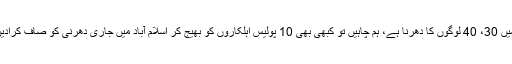
وفاقی وزیر کا کہنا تھا کہ ریاست کی طاقت ہمیشہ موثر ہوتی ہے، ڈی چوک میں 30، 40 لوگوں کا دھرنا ہے، ہم چاہیں تو کبھی بھی 10 پولیس اہلکاروں کو بھیج کر اسلام آباد میں جاری دھرنی کو صاف کرادیں کیونکہ اگر گرفتاریاں ہوئیں تو شور مچایا جائے گا کہ سیاسی گرفتاریاں ہیں۔